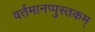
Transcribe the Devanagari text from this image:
वर्तमानप्पुस्तकम्